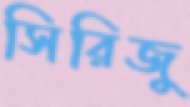
সিরিজু